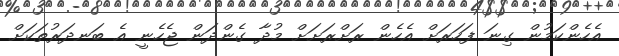
އެހެންކަމުން ގިނަ ފަހަރަށް އެހެން ރަށްރަށަށް މުދާ ގެންދަން ޖެހެނީ އެ ބަނދަރުތަކަށް